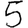
Digit: 5